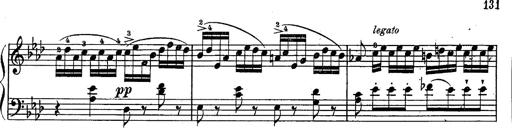
Title: Schubert's Impromptus [revised and edited by Franz Liszt]
Composer: Franz Liszt